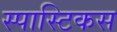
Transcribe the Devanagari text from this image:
स्पास्टिकस